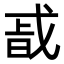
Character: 𭟴